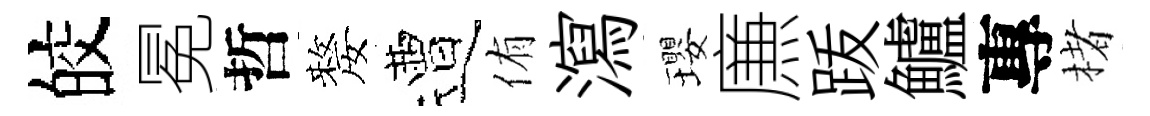
皎冕哲嫠遭侑瀉瓔㢘䟦鱸專楮